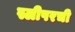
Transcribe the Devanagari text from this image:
स्लीपरची